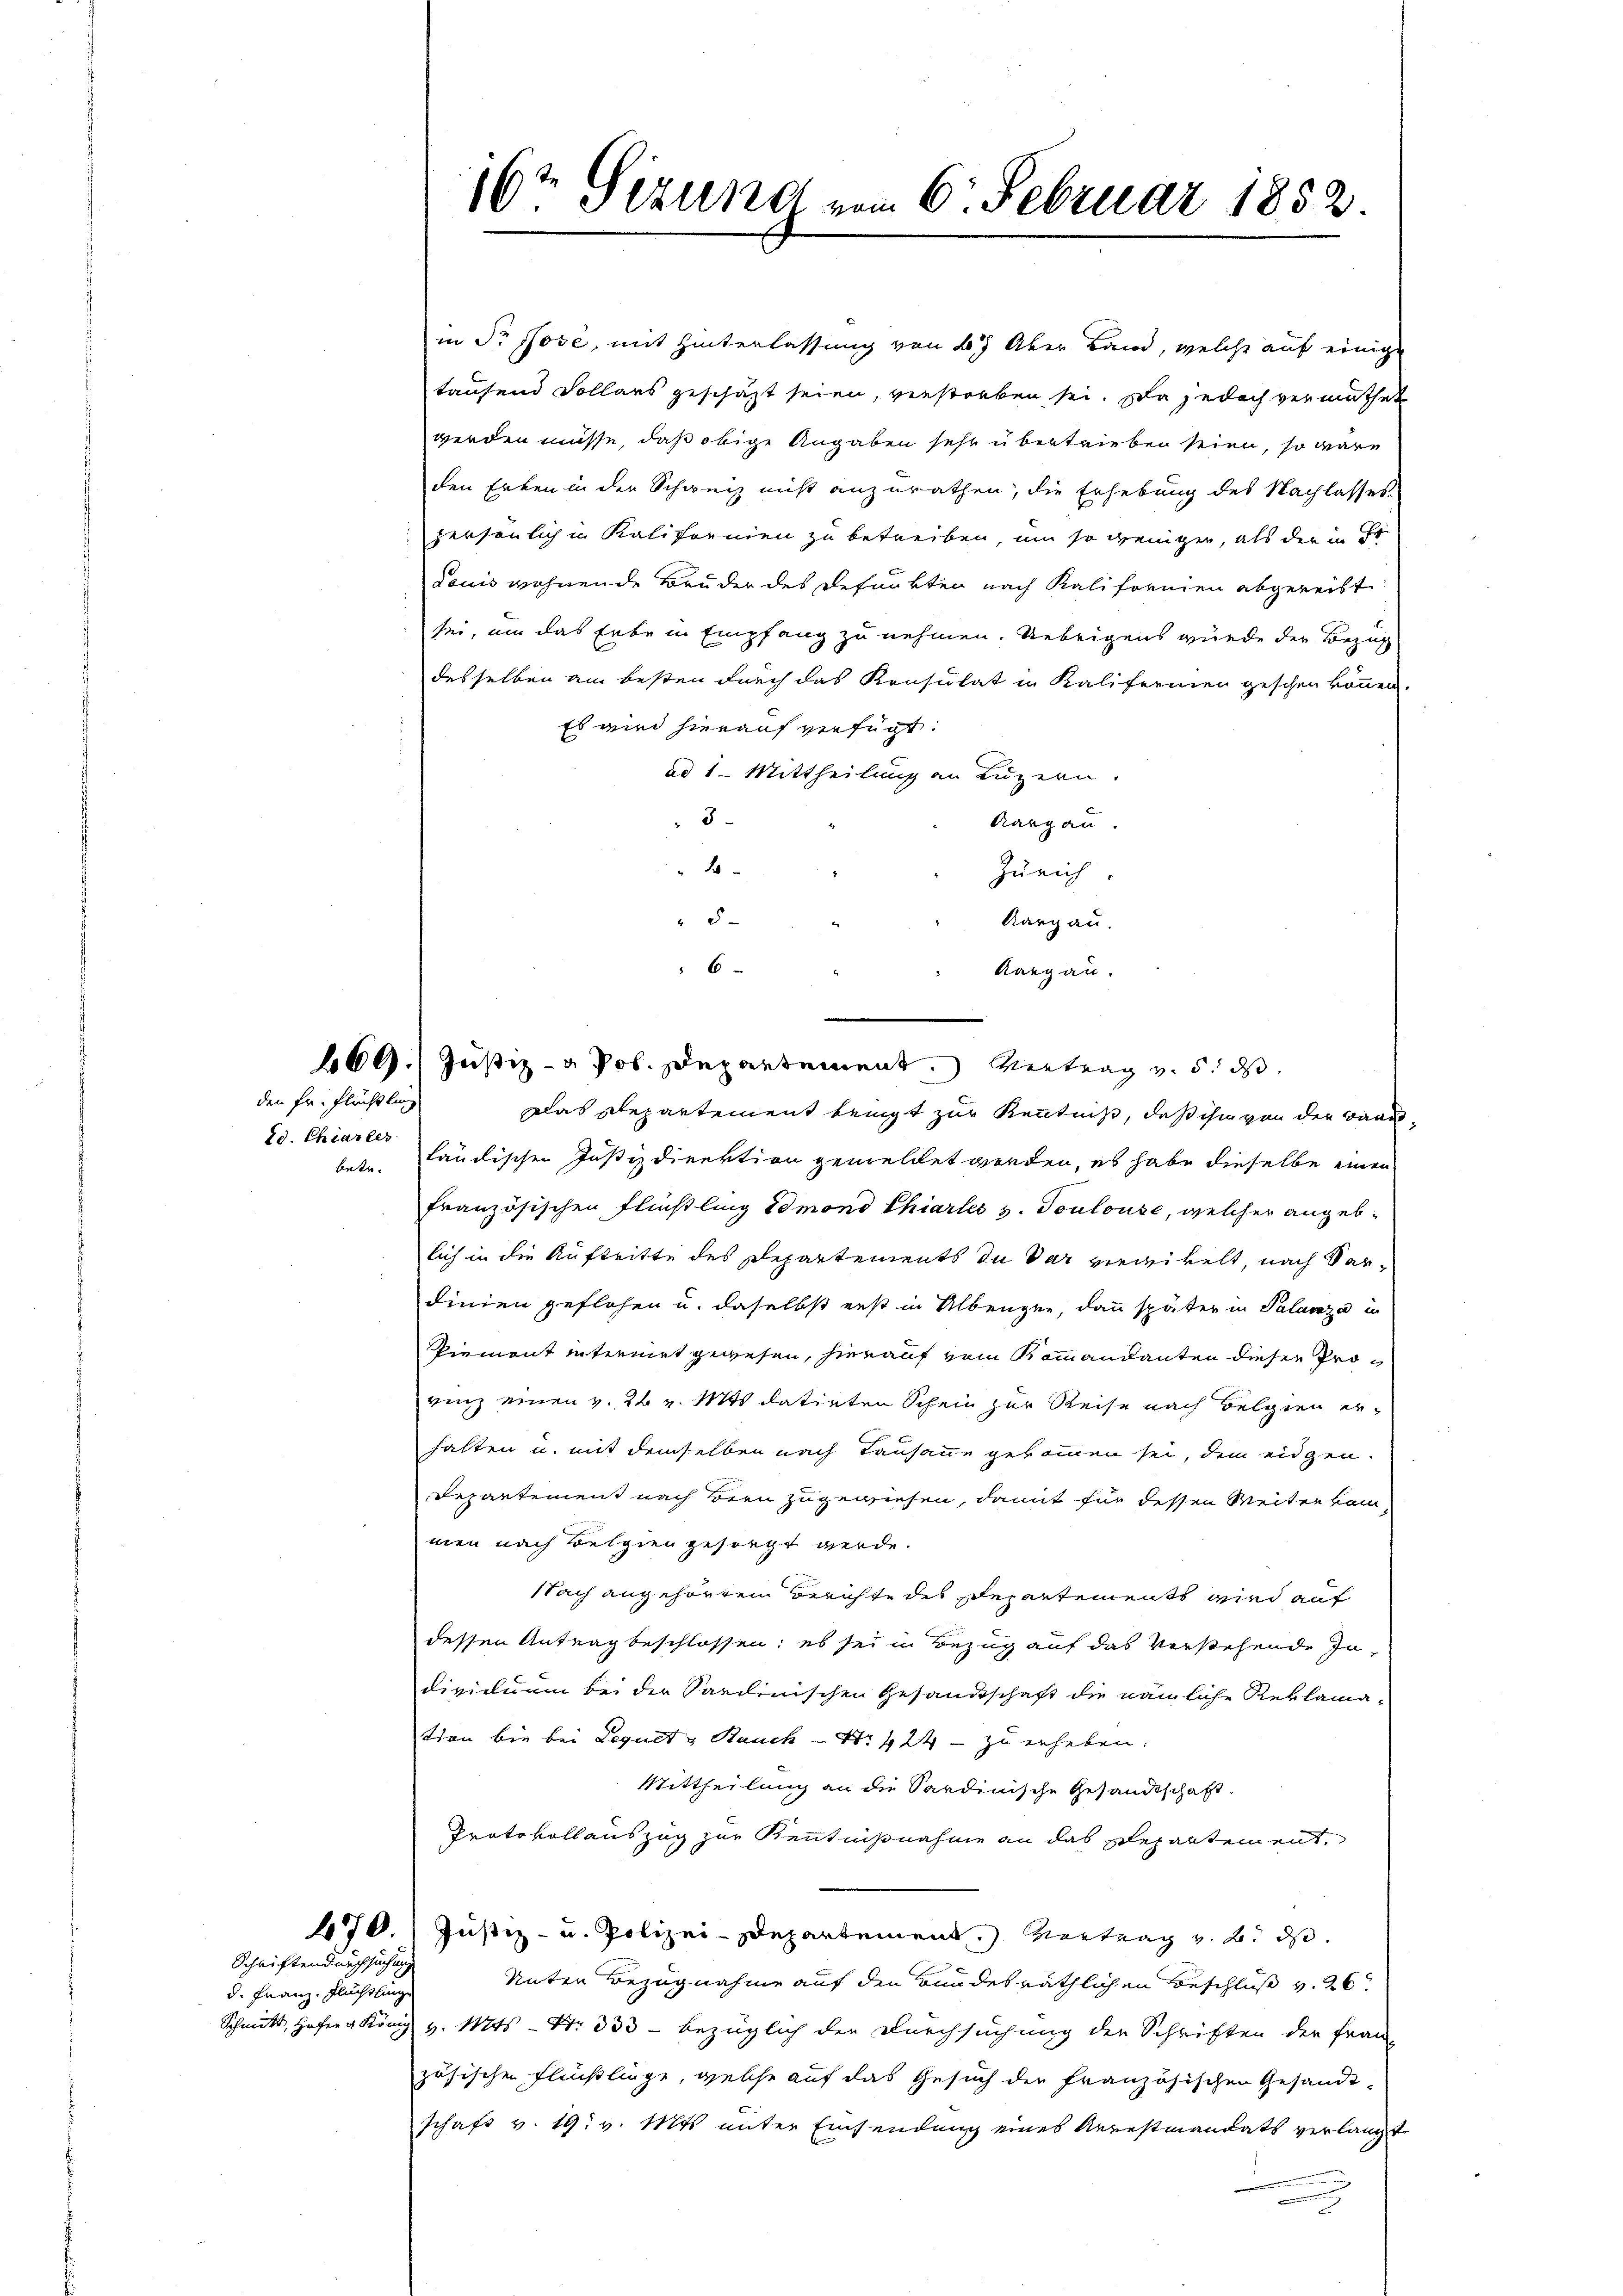
Ed. Chiarler
betr.

den Fr. Flüchtling

Schriftendurchsuchung
d. Franz. Flüchtlinge

in Dr. Jose, mit Hinterlassung von 47 Aber Land, welche auf einige
taufend Vollars geschäzt seien, verstorben sei. Da jedoch vermuthet
werden müsse, daß obige Angaben sehr übertrieben seien, so wäre
den Erben in der Schweiz nicht anzurathen, die Erhebung des Nachlasses
persönlich in Kalifornien zu betreiben, um so weniger, als der in Fr
douis wohnende Bruder des Befunkten nach Kalifornien abgereist
sei, um das habe in Empfang zu nehmen. Uebrigens wurde der Bezug
desselben am besten durch das Konsulat in Kaliferien geschen können.
Es wird hierauf verfügt:
ad 1. Mittheilung an Luzern.
3
Aargau.
d
Zürich.
5
Kargau.
e
Rang an.
e
Das Departement benigt zur Kenntniß, daß ihn von der Baade-
ländischen Justizdirektion gemeldet worden, es habe dieselbe einen
französischen Flüßling 10mond Chiarlei v. Toulouse, welcher angeblich in die Auftritte des Departements in dar vierzikelt, nach Verdinien geflohen u. daselbst erst in Albeugen, dann später in Palanze in
Tiement intermet gewesen, hierauf vom Kommandanten diesen Provinz einen v. 26 v. Mts. datirten Schein zur Reise nach Belgien erhalten u. mit demselben nach Tausanne gekommen sei, dem eidgen.
Departement nach Bern zugewiesen, damit für dessen Weiter kommen nach Belgien gesorgt werde.
Nach angehörten Berichte des Departements wird auf
dessen Antrag beschlossen; es sei in Bezug auf das verstehende Individuum bei der Sardinischen Gesandtschaft die nämliche Reklamation bin bei Lequet & Bauch - Nr. 424 - zu erheben.
Mittheilung an die Sardinische Gesandtschaft.
Protokollauszug zur Kenntnißnahme an das Departement,
470. Justiz- u. Polizei-Departement.) Vortrag v. B. das
Unter Bezugnahme auf den Bundesräthlichen Beschluß v. 26
Schmitt, Hofer König v. Mts. – Nr. 333 - bezüglich der Durchsuchung der Schriften der Frau-
zösischen Flücklinge, welche auf das Gesuch der französischen Gesandt-
schaft v. 19. v. Mts. unter Einsendung eines Arrestmandats verlangt

16t Sizung vom 6. Februar 1852.

6

469. Justiz- & Pol. Departement. Vertrag v. 5. das